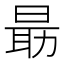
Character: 朂